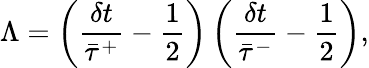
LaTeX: \Lambda=\left(\frac{\delta t}{\bar{\tau}^{+}}-\frac{1}{2}\right)\left(\frac{\delta t}{\bar{\tau}^{-}}-\frac{1}{2}\right),